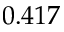
0 . 4 1 7